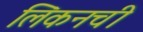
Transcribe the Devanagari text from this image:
लिंकनची